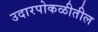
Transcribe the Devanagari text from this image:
उदारपोकळीतील